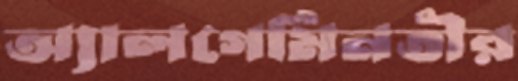
অ্যালগেমিনতীর